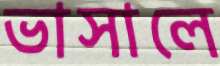
ভাসালে